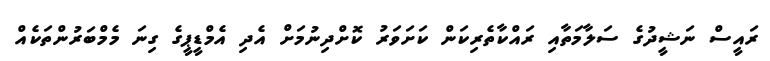
ރައީސް ނަޝީދުގެ ސަލާމަތާއި ރައްކާތެރިކަން ކަށަވަރު ކޮށްދިނުމަށް އެދި އެމްޑީޕީގެ ގިނަ މެމްބަރުންތަކެއް